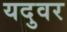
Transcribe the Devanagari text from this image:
यदुवर